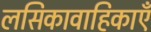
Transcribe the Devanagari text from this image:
लसिकावाहिकाएँ